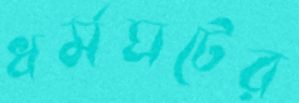
ধর্মঘটের